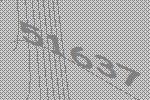
51637